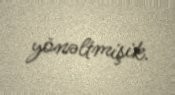
yönəltmişik.